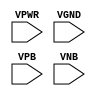
module sky130_fd_sc_lp__decap (
    VPWR,
    VGND,
    VPB ,
    VNB
);

    // Module ports
    input VPWR;
    input VGND;
    input VPB ;
    input VNB ;
     // No contents.
endmodule